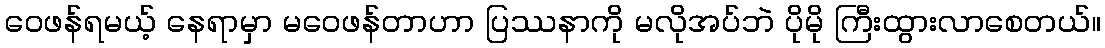
ဝေဖန်ရမယ့် နေရာမှာ မဝေဖန်တာဟာ ပြဿနာကို မလိုအပ်ဘဲ ပိုမို ကြီးထွားလာစေတယ်။